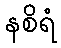
နစိရံ